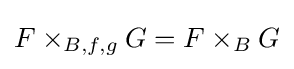
F\times _{B,f,g}G=F\times _{B}G